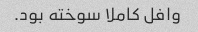
وافل کاملا سوخته بود.